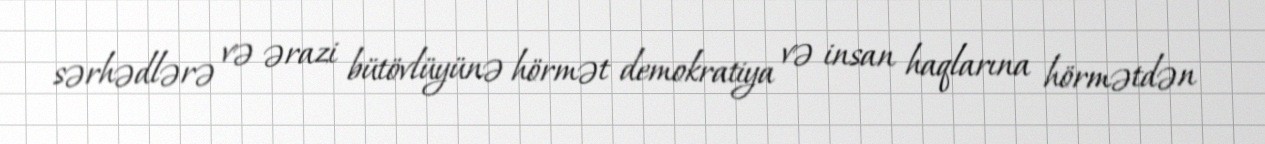
sərhədlərə və ərazi bütövlüyünə hörmət demokratiya və insan haqlarına hörmətdən